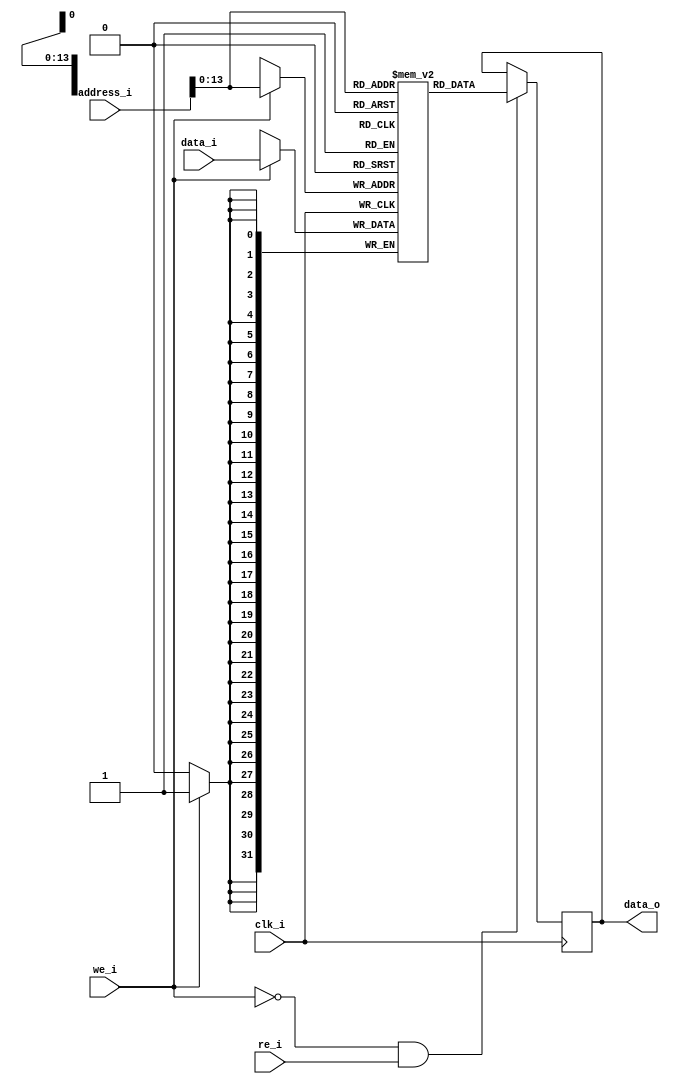
module usbf_ssram
#(
    parameter USBF_SSRAM_HADR=14
)
(
  input                        clk_i,
  input  [USBF_SSRAM_HADR:0]   address_i,
  input  [31:0]                data_i,
  output [31:0]                data_o,
  input                        we_i,
  input                        re_i           
);

parameter RAM_DEPTH = 1 << USBF_SSRAM_HADR;

reg [31:0] data_out;
reg [31:0] mem [0:RAM_DEPTH-1];

assign data_o = data_out;


always @ (posedge clk_i) begin
   if(we_i)begin
     mem[address_i] <= data_i;
   end
end


always @ (posedge clk_i) begin
  if(!we_i && re_i)begin
    data_out <= mem[address_i];
  end
end


endmodule